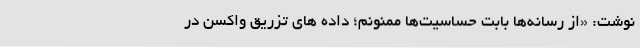
نوشت: «از رسانه‌ها بابت حساسیت‌ها ممنونم؛ داده های تزریق واکسن در